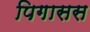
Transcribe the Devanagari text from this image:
पिगासस